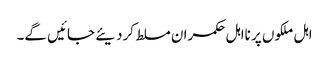
اہل ملکوں پر نااہل حکمران مسلط کردیئے جائیں گے۔